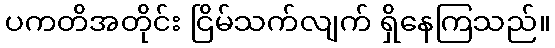
ပကတိအတိုင်း ငြိမ်သက်လျက် ရှိနေကြသည်။